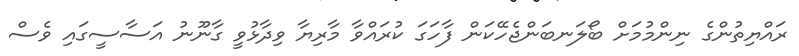
ރައްޔިތުންގެ ނިންމުމަށް ބޯލަނބަންޖެހޭކަން ފާހަގަ ކުރައްވާ މާރިޔާ ވިދާޅުވީ ގާނޫނު އަސާސީގައި ވެސް